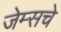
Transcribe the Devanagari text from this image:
जेम्सचे